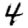
Digit: 4